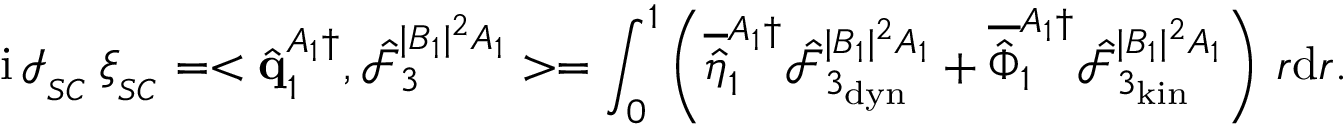
\mathrm { i } \, \mathcal { I } _ { _ { S C } } \, \xi _ { _ { S C } } = < \hat { \mathbf { q } } _ { 1 } ^ { A _ { 1 } \dagger } , \boldsymbol { \hat { \mathcal { F } } } _ { 3 } ^ { | B _ { 1 } | ^ { 2 } A _ { 1 } } > = \int _ { 0 } ^ { 1 } \left( \overline { { \hat { \eta } } } _ { 1 } ^ { A _ { 1 } \dagger } \hat { \mathcal { F } } _ { 3 _ { \mathrm { d y n } } } ^ { | B _ { 1 } | ^ { 2 } A _ { 1 } } + \overline { { \hat { \Phi } } } _ { 1 } ^ { A _ { 1 } \dagger } \hat { \mathcal { F } } _ { 3 _ { \mathrm { k i n } } } ^ { | B _ { 1 } | ^ { 2 } A _ { 1 } } \right) \, r \mathrm { d } r .